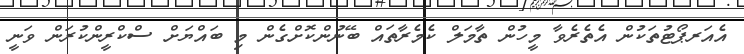
އެއަރޕޯޓުތަކުން އެތެރެވާ މީހުން ތާމަލް ކެމެރާތައް ބޭނުންކޮށްގެން މި ބައްޔަށް ސްކްރީންކުރަން ވަނީ